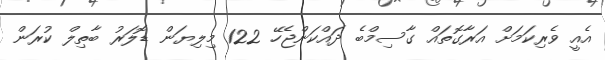
އެއީ ވެރިކަމަށް އަރާގޮތައް ގާސިމްބެ ދައްކަންޖެހޭ 122 މިލިޔަން ޑޮލަރު ބާތިލް ކުރަން